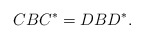
\begin{align*} C B C^* = D B D^*.\end{align*}